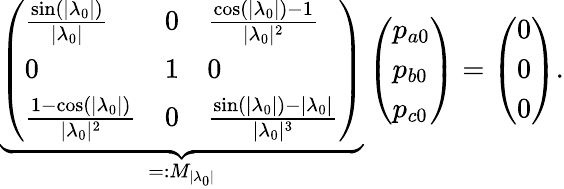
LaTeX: \underbrace{\left(\begin{array}{lll}{\frac{\sin(|\lambda_{0}|)}{|\lambda_{0}|}}&{0}&{\frac{\cos(|\lambda_{0}|)-1}{|\lambda_{0}|^{2}}}\\ {0}&{1}&{0}\\ {\frac{1-\cos(|\lambda_{0}|)}{|\lambda_{0}|^{2}}}&{0}&{\frac{\sin(|\lambda_{0}|)-|\lambda_{0}|}{|\lambda_{0}|^{3}}}\end{array}\right)}_{=:M_{|\lambda_{0}|}}\left(\begin{array}{l}{p_{a0}}\\ {p_{b0}}\\ {p_{c0}}\end{array}\right)=\left(\begin{array}{l}{0}\\ {0}\\ {0}\end{array}\right).